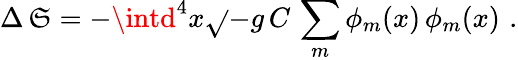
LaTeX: \Delta\, \mathfrak{S}=-\intd^{4}x\sqrt{}{{-g}}\, C\, \sum_{m}\phi_{m}(x)\, \phi_{m}(x)\, \, .